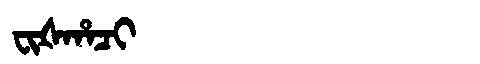
Manchu: ᠸᡳᡧᡥᠠᠴᡳ
Romanization: FIŠHACI